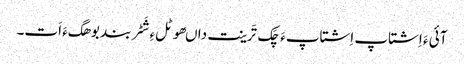
آئی ءَ اِشتاپ اِشتاپءَ چَک تَرینت داںھوٹلءِ شَٹربند بوھگءَ اَت۔